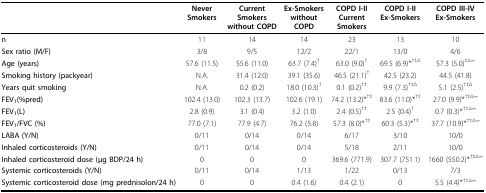
<table><thead><tr><td></td><td><b>Never Smokers</b></td><td><b>Current Smokers without COPD</b></td><td><b>Ex-Smokers without COPD</b></td><td><b>COPD I-II Current Smokers</b></td><td><b>COPD I-II Ex-Smokers</b></td><td><b>COPD III-IV Ex-Smokers</b></td></tr></thead><tbody><tr><td><b>n</b></td><td>11</td><td>14</td><td>14</td><td>23</td><td>13</td><td>10</td></tr><tr><td><b>Sex ratio (M/F)</b></td><td>3/8</td><td>9/5</td><td>12/2</td><td>22/1</td><td>13/0</td><td>4/6</td></tr><tr><td><b>Age (years)</b></td><td>57.6 (11.5)</td><td>55.6 (11.0)</td><td>63.7 (7.4)<sup>†</sup></td><td>63.0 (9.0)<sup>†</sup></td><td>69.5 (6.9)*<sup>†‡Δ</sup></td><td>57.3 (5.0)<sup>‡Δ∞</sup></td></tr><tr><td><b>Smoking history (packyear)</b></td><td>N.A.</td><td>31.4 (12.0)</td><td>39.1 (35.6)</td><td>46.5 (21.1)<sup>†</sup></td><td>42.5 (23.2)</td><td>44.5 (41.8)</td></tr><tr><td><b>Years quit smoking</b></td><td>N.A.</td><td>0.2 (0.2)</td><td>18.0 (10.3)<sup>†</sup></td><td>0.1 (0.2)<sup>†‡</sup></td><td>9.9 (7.3)<sup>†‡Δ</sup></td><td>5.1 (2.5)<sup>†‡Δ</sup></td></tr><tr><td><b>FEV</b><sub><b>1</b></sub><b>(%pred)</b></td><td>102.4 (13.0)</td><td>102.3 (13.7)</td><td>102.6 (19.1)</td><td>74.2 (13.2)*<sup>†‡</sup></td><td>83.6 (11.0)*<sup>†‡</sup></td><td>27.0 (9.9)*<sup>†‡Δ∞</sup></td></tr><tr><td><b>FEV</b><sub><b>1</b></sub><b>(L)</b></td><td>2.8 (0.9)</td><td>3.1 (0.4)</td><td>3.2 (1.0)</td><td>2.4 (0.5)<sup>†‡</sup></td><td>2.5 (0.4)<sup>†</sup></td><td>0.7 (0.3)*<sup>†‡Δ∞</sup></td></tr><tr><td><b>FEV</b><sub><b>1</b></sub><b>/FVC (%)</b></td><td>77.0 (7.1)</td><td>77.9 (4.7)</td><td>76.2 (5.8)</td><td>57.3 (8.0)*<sup>†‡</sup></td><td>60.3 (5.3)*<sup>†‡</sup></td><td>37.7 (10.9)*<sup>†‡Δ∞</sup></td></tr><tr><td><b>LABA (Y/N)</b></td><td>0/11</td><td>0/14</td><td>0/14</td><td>6/17</td><td>3/10</td><td>10/0</td></tr><tr><td><b>Inhaled corticosteroids (Y/N)</b></td><td>0/11</td><td>0/14</td><td>0/14</td><td>5/18</td><td>2/11</td><td>10/0</td></tr><tr><td><b>Inhaled corticosteroid dose (μg BDP/24 h)</b></td><td>0</td><td>0</td><td>0</td><td>369.6 (771.9)</td><td>307.7 (751.1)</td><td>1660 (550.2)*<sup>†‡Δ∞</sup></td></tr><tr><td><b>Systemic corticosteroids (Y/N)</b></td><td>0/11</td><td>0/14</td><td>1/13</td><td>1/22</td><td>0/13</td><td>7/3</td></tr><tr><td><b>Systemic corticosteroid dose (mg prednisolon/24 h)</b></td><td>0</td><td>0</td><td>0.4 (1.6)</td><td>0.4 (2.1)</td><td>0</td><td>5.5 (4.4)*<sup>†‡Δ∞</sup></td></tr></tbody></table>